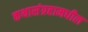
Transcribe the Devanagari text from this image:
कथासंग्रहामधील